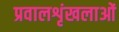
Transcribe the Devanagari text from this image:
प्रवालशृंखलाओं